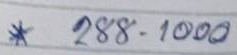
* 288 - 1000